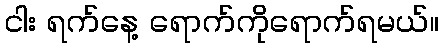
ငါး ရက်နေ့ ရောက်ကိုရောက်ရမယ်။